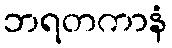
ဘရတကာနံ